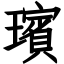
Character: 璸